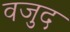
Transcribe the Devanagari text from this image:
वजुद